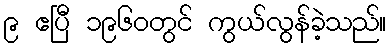
၉ ဧပြီ ၁၉၆၀တွင် ကွယ်လွန်ခဲ့သည်။